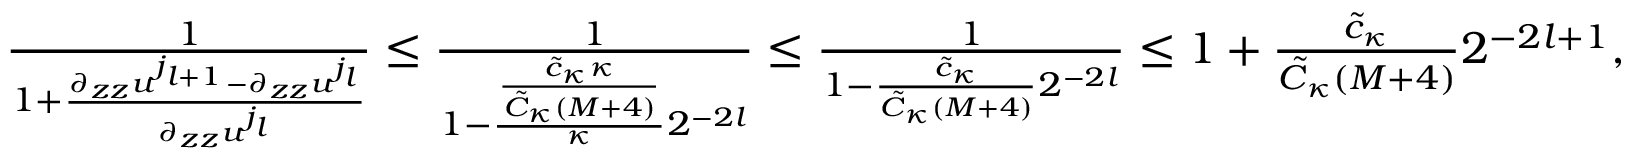
\begin{array} { r } { \frac { 1 } { 1 + \frac { \partial _ { z z } u ^ { j _ { l + 1 } } - \partial _ { z z } u ^ { j _ { l } } } { \partial _ { z z } u ^ { j _ { l } } } } \leq \frac { 1 } { 1 - \frac { \frac { \tilde { c } _ { \kappa } \kappa } { \tilde { C } _ { \kappa } ( M + 4 ) } } { \kappa } 2 ^ { - 2 l } } \leq \frac 1 { 1 - \frac { \tilde { c } _ { \kappa } } { \tilde { C } _ { \kappa } ( M + 4 ) } 2 ^ { - 2 l } } \leq 1 + \frac { \tilde { c } _ { \kappa } } { \tilde { C } _ { \kappa } ( M + 4 ) } 2 ^ { - 2 l + 1 } , } \end{array}